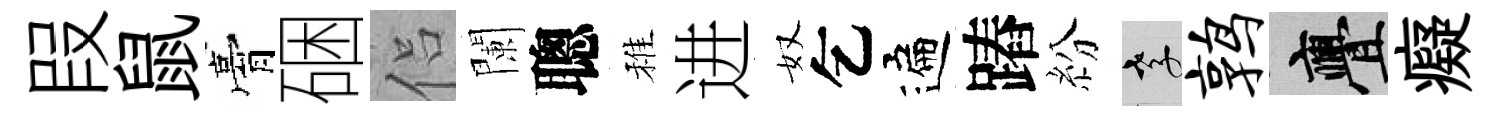
叚鼠膏硱侣闌聰稚进奴乞遍蹖紛孝鹑亹癡